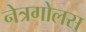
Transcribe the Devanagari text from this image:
नेत्रगोलस